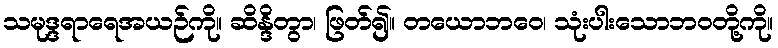
သမုဒ္ဒရာရေအယဉ်ကို။ ဆိန္ဒိတွာ၊ ဖြတ်၍။ တယောဘဝေ၊ သုံးပါးသောဘဝတို့ကို။